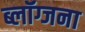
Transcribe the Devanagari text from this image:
ब्लॉग्जना